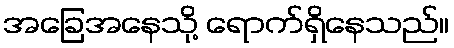
အခြေအနေသို့ ရောက်ရှိနေသည်။